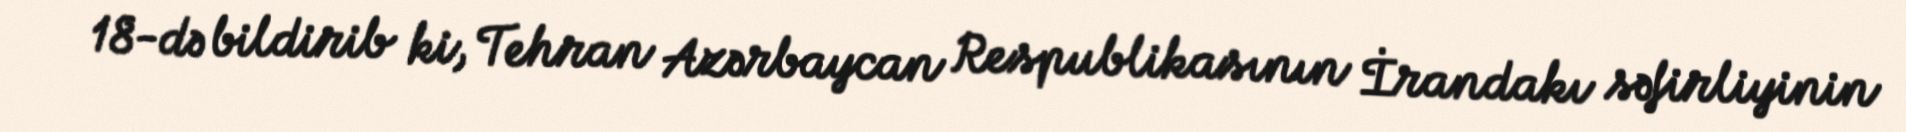
18-də bildirib ki, Tehran Azərbaycan Respublikasının İrandakı səfirliyinin